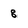
Character: 8